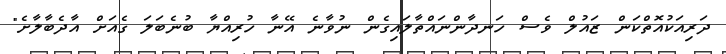
ދަރިއަކުއޮތްކަން ޒައުލް ވެސް ހަނދާންނައްތާލައިގެން ނުވާނެ އޭނާ ހުރިއްޔާ ބުނެބަލަ ގެއަށް އާދެބާލާށެ"